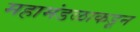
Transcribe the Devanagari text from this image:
महामंडळाकडून